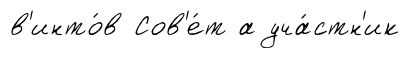
в'инто́в Сов'е́т а уча́стн'ик